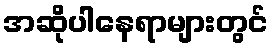
အဆိုပါနေရာများတွင်